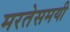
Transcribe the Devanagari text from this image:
मरतेसमयी